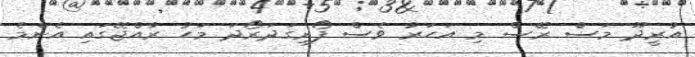
އުރީދޫ މަސް ރޭސް މި އަހަރު ވެސް ފޯރިގަދަރޯދަ މަހު ރާއްޖޭގައި އެންމެ